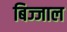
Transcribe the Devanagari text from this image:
बिज्जाल